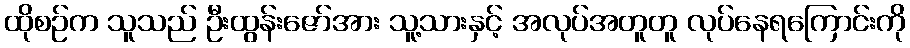
ထိုစဉ်က သူသည် ဦးထွန်းဇော်အား သူ့သားနှင့် အလုပ်အတူတူ လုပ်နေရကြောင်းကို